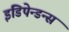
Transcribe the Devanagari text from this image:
इंडिपेन्डन्स